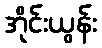
အိုင်းယွန်း